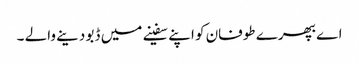
اے بھپرے طوفان کو اپنے سفینے میں ڈبو دینے والے ۔